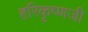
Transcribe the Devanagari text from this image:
हरिकृष्णजी